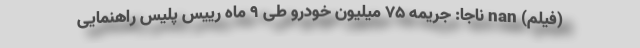
(فیلم) nan ناجا: جریمه ۷۵ میلیون خودرو طی ۹ ماه رییس پلیس راهنمایی